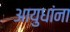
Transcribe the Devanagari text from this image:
आयुधांना